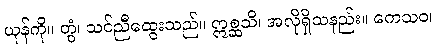
ယုန်ကို။ တွံ၊ သင်ညီထွေးသည်။ ဣစ္ဆသိ၊ အလိုရှိသနည်း။ ကေသဝ၊